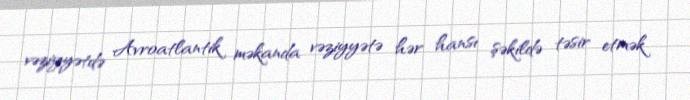
vəziyyətdə Avroatlantik məkanda vəziyyətə hər hansı şəkildə təsir etmək